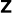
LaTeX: {\sf z}